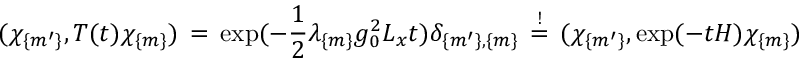
( \chi _ { \{ m ^ { \prime } \} } , T ( t ) \chi _ { \{ m \} } ) \, = \, \exp ( - \frac { 1 } { 2 } \lambda _ { \{ m \} } g _ { 0 } ^ { 2 } L _ { x } t ) \delta _ { \{ m ^ { \prime } \} , \{ m \} } \, \stackrel { ! } { = } \, ( \chi _ { \{ m ^ { \prime } \} } , \exp ( - t H ) \chi _ { \{ m \} } )